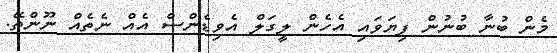
މެން ބުނާ ބުނުން ފިޔަވައި އެހެން ލީގަލް އެވިޑެންސް އެއް ނެތެއް ނޫންތޭ.